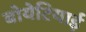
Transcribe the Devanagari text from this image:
बोयेटियाई